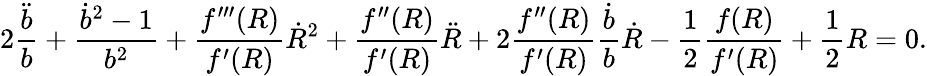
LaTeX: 2\frac{\ddot{b}}{b}+\frac{{\dot{b}}^{2}-1}{b^{2}}+\frac{f^{\prime\prime\prime}(R)}{f^{\prime}(R)}\dot{R}^{2}+\frac{f^{\prime\prime}(R)}{f^{\prime}(R)}\ddot{R}+2\frac{f^{\prime\prime}(R)}{f^{\prime}(R)}\frac{\dot{b}}{b}\dot{R}-\frac{1}{2}\frac{f(R)}{f^{\prime}(R)}+\frac{1}{2}R=0.